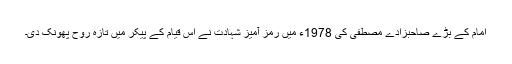
امام کے بڑے صاحبزادے مصطفی کی 1978ء میں رمز آمیز شہادت نے اس قیام کے پیکر میں تازہ روح پهونک دی۔